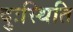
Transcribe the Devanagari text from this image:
दुःस्थिति